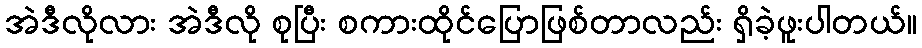
အဲဒီလိုလား အဲဒီလို စုပြီး စကားထိုင်ပြောဖြစ်တာလည်း ရှိခဲ့ဖူးပါတယ်။